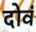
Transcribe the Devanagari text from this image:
दोवं